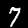
Digit: 7